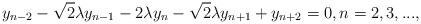
LaTeX: \begin{align*}y_{n-2} - \sqrt{2} \lambda y_{n-1} - 2 \lambda y_n - \sqrt{2} \lambda y_{n+1} + y_{n+2} = 0,n = 2,3,...,\end{align*}